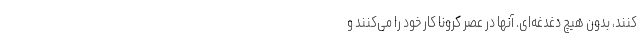
‌‌‌کنند، بدون هیچ دغدغه‌ای. آنها در عصر کرونا کار خود را می‌کنند و